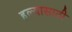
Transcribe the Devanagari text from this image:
हल्यासाठी